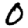
Digit: 0